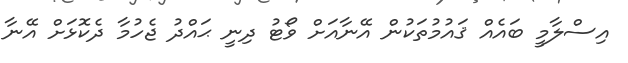
އިސްލާމީ ބައެއް ޤައުމުތަކުން އޭނާއަށް ވޯޓު ދިނީ ޙައްދު ޖެހުމާ ދެކޮޅަށް އޭނާ